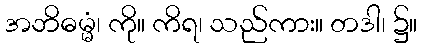
အဘိဓမ္မံ၊ ကို။ ကိရ၊ သည်ကား။ တဒါ၊ ၌။